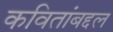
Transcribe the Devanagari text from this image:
कवितांबद्दल